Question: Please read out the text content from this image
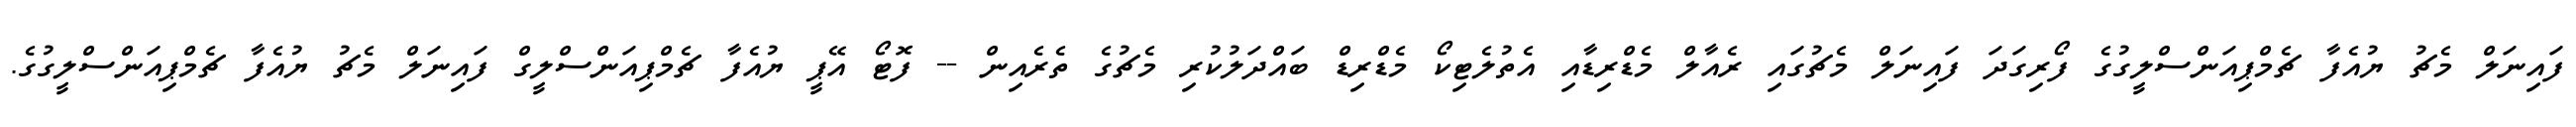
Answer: ފައިނަލް މެޗު ޔުއެފާ ޗެމްޕިއަންސްލީގުގެ ފޯރިގަދަ ފައިނަލް މެޗުގައި ރެއާލް މެޑްރިޑާއި އެތުލެޓިކޯ މެޑްރިޑް ބައްދަލުކުރި މެޗުގެ ތެރެއިން -- ފޮޓޯ އޭޕީ ޔުއެފާ ޗެމްޕިއަންސްލީގް ފައިނަލް މެޗު ޔުއެފާ ޗެމްޕިއަންސްލީގުގެ.